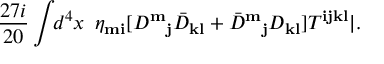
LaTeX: \frac { 2 7 i } { 2 0 } \int \! \! d ^ { 4 } x \, \, \, \eta _ { { \mathbf m } { \mathbf i } } [ D ^ { \mathbf m } { } _ { { \mathbf j } } { \bar { D } } _ { { \mathbf k } { \mathbf l } } + { \bar { D } } ^ { \mathbf m } { } _ { { \mathbf j } } D _ { { \mathbf k } { \mathbf l } } ] T ^ { { \mathbf i } { \mathbf j } { \mathbf k } { \mathbf l } } | .